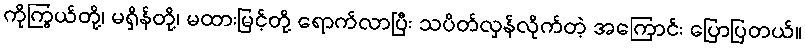
ကိုကြွယ်တို့၊ မရှိန်တို့၊ မထားမြင့်တို့ ရောက်လာပြီး သပိတ်လှန်လိုက်တဲ့ အကြောင်း ပြောပြတယ်။